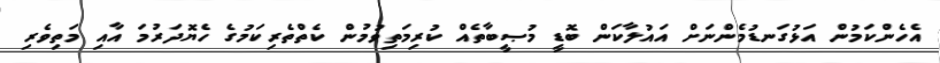
އެހެންކަމުން އަޅުގަނޑުމެންނަށް އައުލާކަން ބޮޑީ މުޞީބާތެއް ކުރިމަތިވުމުން ކެތްތެރިކަމުގެ ހެޔޮދަރުމަ އާއި މަތިވެރި